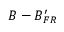
B - B _ { F R } ^ { \prime }